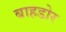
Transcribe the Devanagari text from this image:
बाहडोर